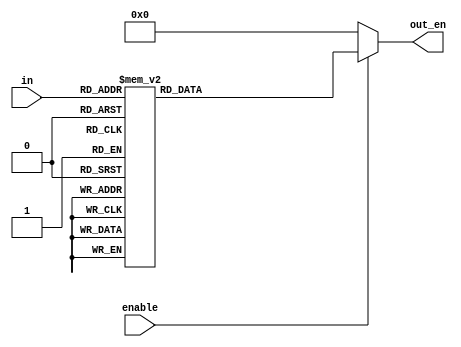
`timescale 1ns / 1ps
//////////////////////////////////////////////////////////////////////////////////
// Company: 
// Engineer: 
// 
// Design Name: 
// Module Name: position_decoder
// Project Name: 
// Target Devices: 
// Tool Versions: 
// Description: 
// 
// Dependencies: 
// 
// Revision:
// Revision 0.01 - File Created
// Additional Comments:
// 
//////////////////////////////////////////////////////////////////////////////////


module position_decoder(input[3:0] in, input enable, output wire [15:0] out_en);
 reg[15:0] temp1;
 assign out_en = (enable==1'b1)?temp1:16'd0;
 always @(*)
 begin
 case(in)
 4'd0: temp1 <= 16'b0000000000000001;
 4'd1: temp1 <= 16'b0000000000000010; 
 4'd2: temp1 <= 16'b0000000000000100;
 4'd3: temp1 <= 16'b0000000000001000;
 4'd4: temp1 <= 16'b0000000000010000;
 4'd5: temp1 <= 16'b0000000000100000;
 4'd6: temp1 <= 16'b0000000001000000;
 4'd7: temp1 <= 16'b0000000010000000;
 4'd8: temp1 <= 16'b0000000100000000;
 4'd9: temp1 <= 16'b0000001000000000;
 4'd10: temp1 <= 16'b0000010000000000;
 4'd11: temp1 <= 16'b0000100000000000;
 4'd12: temp1 <= 16'b0001000000000000;
 4'd13: temp1 <= 16'b0010000000000000;
 4'd14: temp1 <= 16'b0100000000000000;
 4'd15: temp1 <= 16'b1000000000000000;
 default: temp1 <= 16'b0000000000000000; 
 endcase 
end 
endmodule